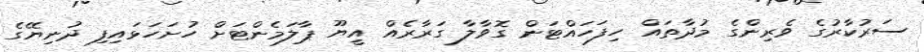
ސަރުކާރުގެ ވެރިންގެ މުދާތައް ހިފަހައްޓަން ގޮވާލާ ގަރާރެއް އީޔޫ ޕާލަމެންޓަށް ހުށަހަޅައިފި ދުނިޔޭގެ